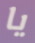
يا